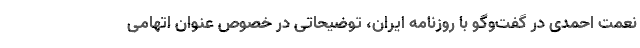
نعمت احمدی در گفت‌و‌گو با روزنامه ایران، توضیحاتی در خصوص عنوان اتهامی